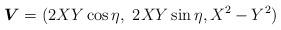
LaTeX: \begin{align*}{\mbox {\boldmath $V$}} = (2 XY\cos \eta, \ 2XY\sin \eta, X^2-Y^2)\end{align*}